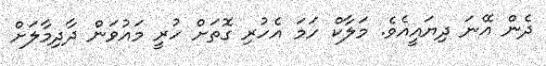
ދެން އޭނަ ދިޔައީއެވެ. މަލާކް ހަމަ އެހުރި ގޮތަށް ހުރީ މައުވަން ދާދިމާލަށް